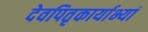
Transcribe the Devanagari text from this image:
देवपितृकार्याभ्यां